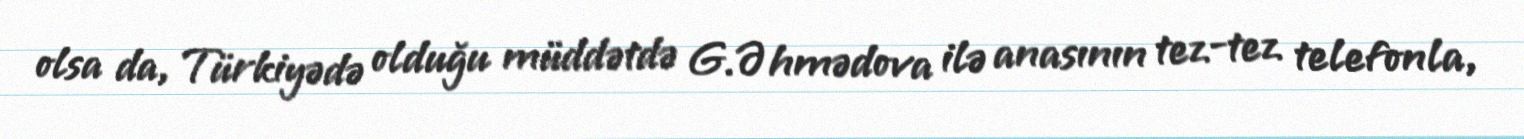
olsa da, Türkiyədə olduğu müddətdə G.Əhmədova ilə anasının tez-tez telefonla,